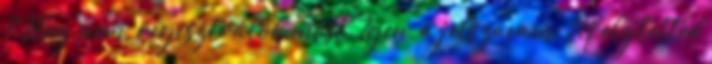
? Még nem, regisztrálok most. Igen, a jelszavam: Elfelejtetted